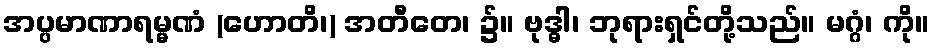
အပ္ပမာဏာရမ္မဏံ (ဟောတိ၊) အတီတေ၊ ၌။ ဗုဒ္ဓါ၊ ဘုရားရှင်တို့သည်။ မဂ္ဂံ၊ ကို။